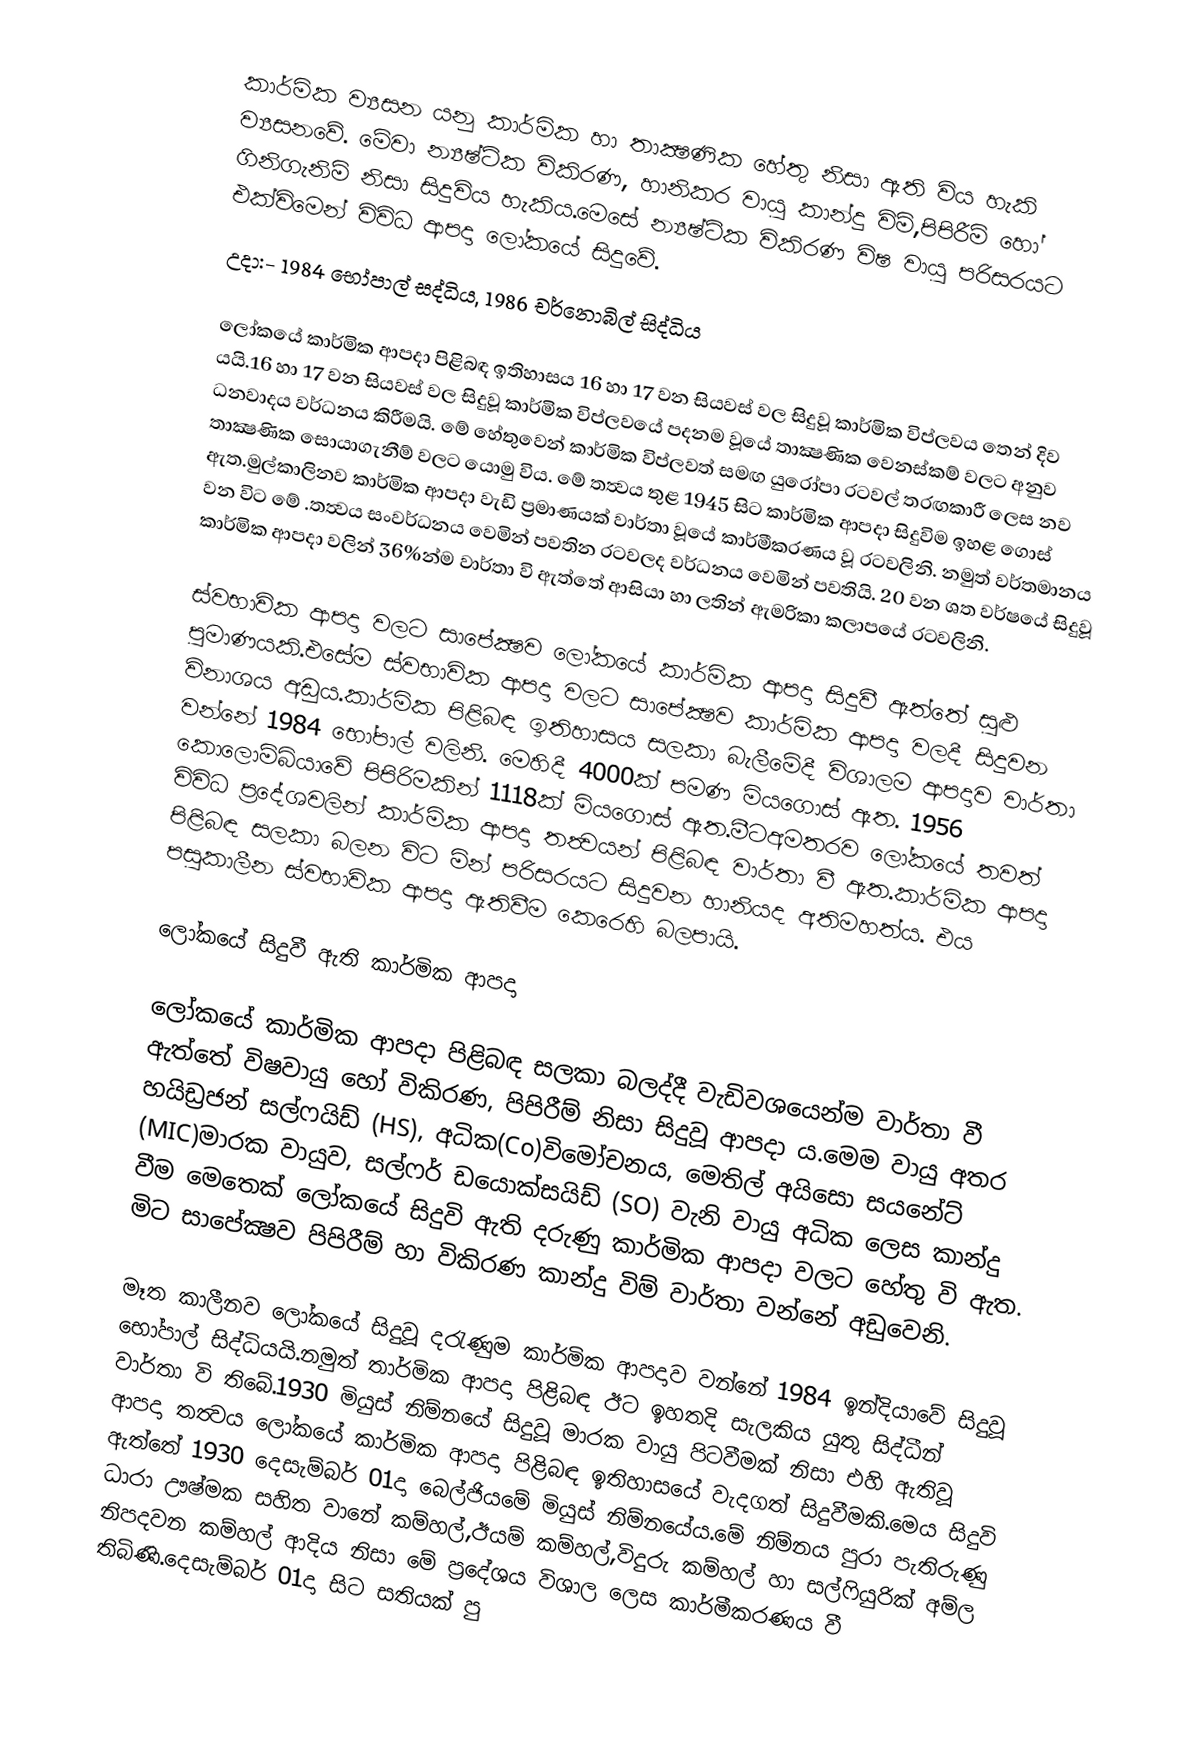
කාර්මික ව්‍යසන යනු කාර්මික හා තාක්‍ෂණික හේතු නිසා ඇති විය හැකි ව්‍යසනවේ. මේවා න්‍යෂ්ටික  විකිරණ, හානිකර වායු කාන්දු විම්,පිපිරීම් හෝ ගිනිගැනිම් නිසා සිදුවිය හැකිය.මෙසේ න්‍යෂ්ටික විකිරණ විෂ වායු   පරිසරයට එක්විමෙන් විවිධ ආපදා ලෝකයේ සිදුවේ.
උදා:- 1984 භෝපාල් සද්ධිය, 1986 චර්නොබිල් සිද්ධිය

ලෝකයේ කාර්මික ආපදා පිළිබඳ ඉතිහාසය 16 හා 17 වන සියවස් වල සිදුවූ කාර්මික විප්ලවය  තෙන් දිව යයි.16 හා 17 වන සියවස් වල සිදුවූ කාර්මික විප්ලවයේ පදනම වූයේ  තාක්‍ෂණික වෙනස්කම් වලට අනුව ධනවාදය වර්ධනය කිරීමයි. මේ හේතුවෙන් කාර්මික  විප්ලවත් සමඟ යුරෝපා රටවල් තරඟකාරී ලෙස නව තාක්‍ෂණික සොයාගැනීම් වලට යොමු විය. මේ තත්‍වය තුළ 1945 සිට කාර්මික ආපදා සිදුවිම ඉහළ ගොස්  ඇත.මුල්කාලිනව කාර්මික ආපදා වැඩි ප්‍රමාණයක් වාර්තා වූයේ කාර්මීකරණය වූ රටවලිනි. නමුත් වර්තමානය වන  විට මේ .තත්‍වය සංවර්ධනය වෙමින් පවතින රටවලද  වර්ධනය වෙමින් පවතියි. 20 වන ශත වර්ෂයේ සිදුවූ කාර්මික  ආපදා වලින් 36%න්ම වාර්තා වි ඇත්තේ ආසියා හා ලතින් ඇමරිකා කලාපයේ රටවලිනි.

ස්වභාවික ආපදා වලට සාපේක්‍ෂව ලෝකයේ කාර්මික ආපදා සිදුවී ඇත්තේ සුළු පුමාණයකි.එසේම  ස්වභාවික ආපදා වලට සාපේක්‍ෂව කාර්මික ආපදා වලදී සිදුවන විනාශය අඩුය.කාර්මික  පිළිබඳ ඉතිහාසය සලකා  බැලීමේදී විශාලම ආපදාව වාර්තා වන්නේ 1984 භෝපාල් වලිනි. මෙහිදී 4000ක් පමණ මිය‍ගොස් ඇත. 1956  කොලොම්බියාවේ පිපිරිමකින් 1118ක් මිය‍ගොස් ඇත.මීටඅමතරව ලෝකයේ තවත් විවිධ ප්‍රදේශවලින් කාර්මික ආපදා  තත්‍වයන් පිළිබඳ වාර්තා වී ඇත.කාර්මික ආපදා පිළිබඳ  සලකා බලන විට මින් පරිසරයට සිදුවන හානියද  අතිමහත්ය. එය පසුකාලීන ස්වභාවික ආපදා ඇතිවීම කෙරෙහි බලපායි.

ලෝකයේ සිදුවී ඇති කාර්මික ආපදා

ලෝකයේ කාර්මික ආපදා පිළිබඳ  සලකා බලද්දී වැඩිවශ‍යෙන්ම වාර්තා වී ඇත්තේ විෂවායු හෝ විකිරණ, පිපිරීම් නිසා සිදුවූ ආපදා ය.මෙම වායු අතර හයිඩ්‍රජන් සල්‍ෆයිඩ් (HS), අධික(Co)විමෝචනය, මෙතිල් අයිසො සයනේට් (MIC)මාරක වායුව, සල්ෆර් ඩයොක්සයිඩ් (SO) වැනි වායු  අධික ලෙස කාන්දු වීම මෙතෙක් ලෝකයේ සිදුවි ඇති දරුණු   කාර්මික ආපදා වලට හේතු වි ඇත. මිට සාපේක්‍ෂව පිපිරීම් හා විකිරණ කාන්දු විම් වාර්තා වන්නේ අඩුවෙනි.

මෑත කාලීනව ලෝකයේ සිදුවූ දරැණුම කාර්මික ආපදාව වන්නේ 1984 ඉන්දියාවේ සිදුවූ භෝපාල්  සිද්ධියයි.නමුත් තාර්මික ආපදා පිළිබඳ ඊට ඉහතදි සැලකිය යුතු සිද්ධීන් වාර්තා වි තිබේ.1930 මියුස් නිම්නයේ සිදුවූ මාරක වායු  පිටවීමක් නිසා එහි ඇතිවූ ආපදා තත්‍වය ලෝකයේ කාර්මික ආපදා පිළිබඳ ඉතිහාසයේ වැදගත් සිදුවීමකි.‍මෙය සිදුවි ඇත්තේ 1930 දෙසැම්බර් 01දා බෙල්ජියමේ මියුස් නිම්න‍යේය.මේ නිම්නය පුරා පැතිරුණු ධාරා ඌෂ්මක සහිත වානේ කම්හල්,ඊයම්  කම්හල්,විදුරු කම්හල් හා සල්‍ෆියුරික් අම්ල නිපදවන කම්හල් ආදිය නිසා මේ ප්‍රදේශය විශාල ලෙස කාර්මීකරණය වී තිබිණි.දෙසැම්බර් 01දා සිට සතියක් පු